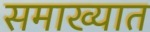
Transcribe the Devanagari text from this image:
समाख्यात